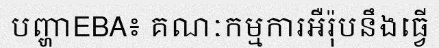
បញ្ហាEBA៖ គណៈកម្មការអឺរ៉ុបនឹងធ្វើ